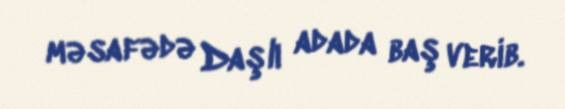
məsafədə Daşlı adada baş verib.